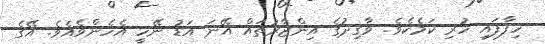
ހިފާފައި ހުރި ކަމެކެވެ. ވާޤިދުގެ އިންޒާރުތައް އޭނަ އަޑު ނޭހީ އެހެންވެއެވެ. އޭގެ